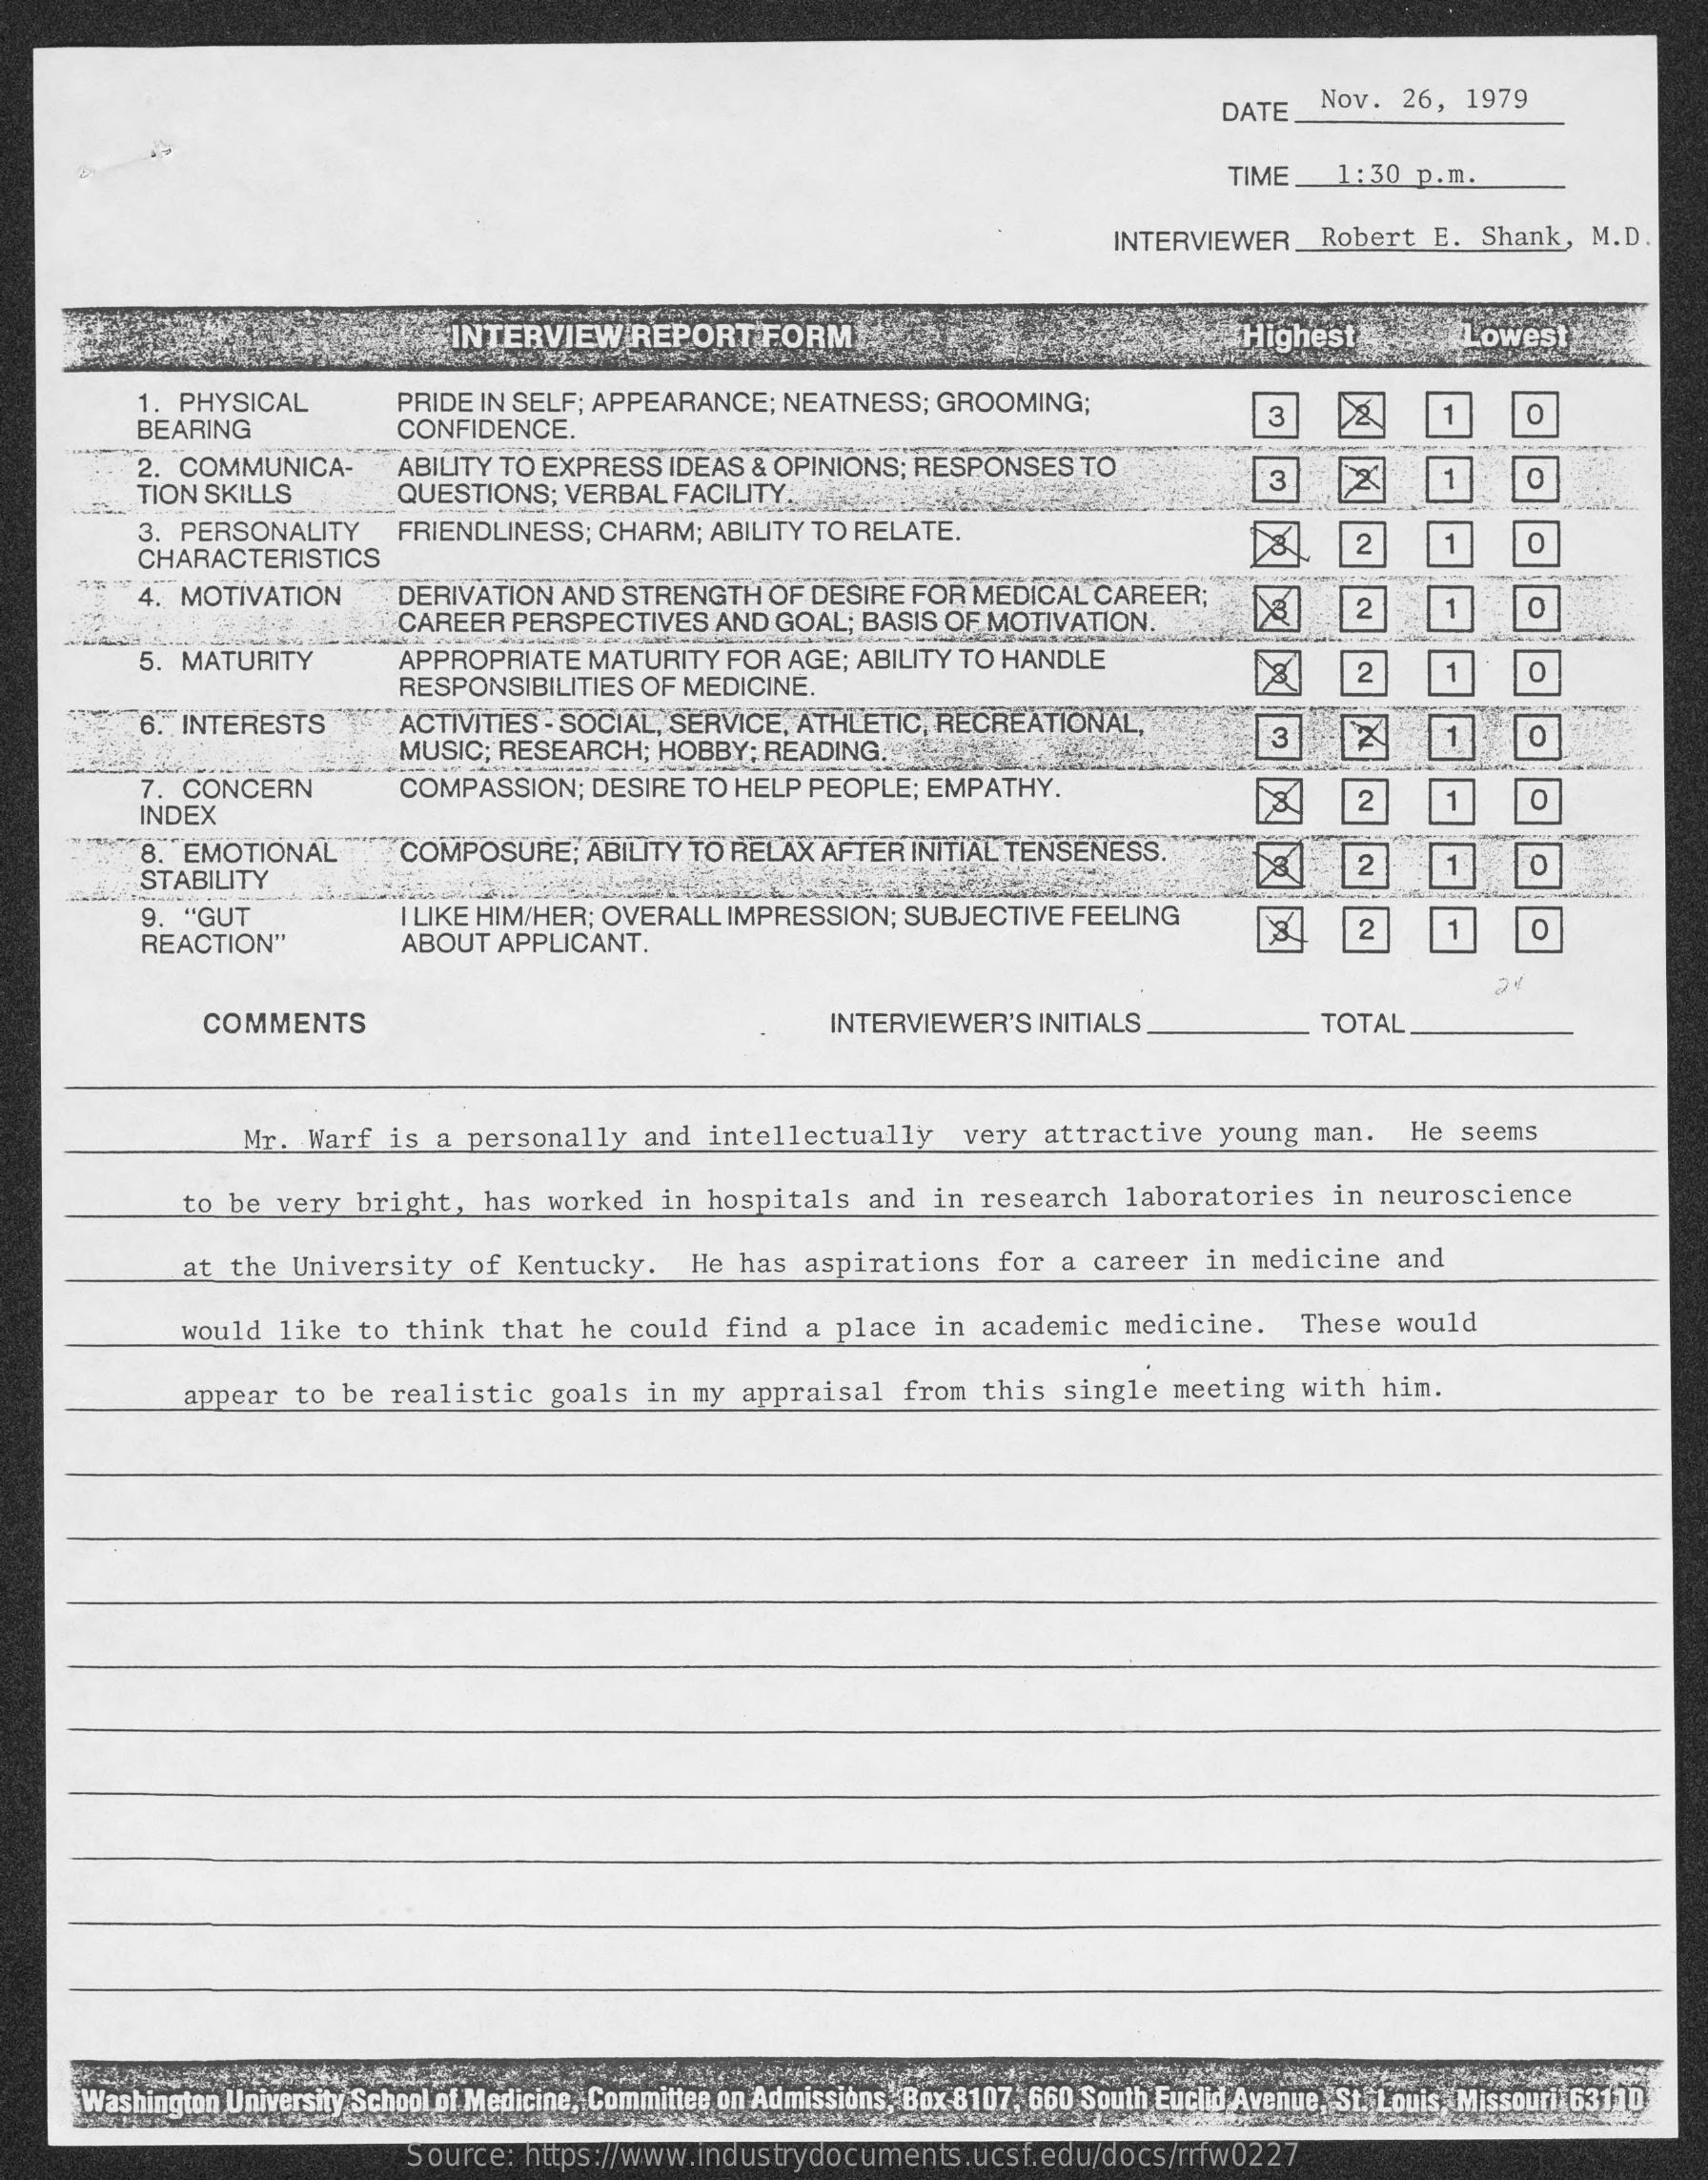
DATE_  Nov.  26, 1979
     TIME   1:30  p.m.
     INTERVIEWER_Robert    E. Shank,  M.D.
     1. PHYSICAL
     BEARING
     PRIDE IN SELF; APPEARANCE; NEATNESS;  GROOMING;
     CONFIDENCE.
     3    O
     2. COMMUNICA-    ABILITY TO EXPRESS IDEAS & OPINIONS; RESPONSES  TO
     TION SKILLS    QUESTIONS;  VERBAL FACILITY ...
     3    2    O
     3. PERSONALITY    FRIENDLINESS; CHARM;  ABILITY TO RELATE.
     CHARACTERISTICS
     2
     4. MOTIVATION    DERIVATION AND  STRENGTH  OF DESIRE FOR MEDICAL  CAREER;
     CAREER  PERSPECTIVES  AND  GOAL; BASIS OF MOTIVATION.
     2    O
     5. MATURITY    APPROPRIATE  MATURITY  FOR  AGE; ABILITY TO HANDLE
     RESPONSIBILITIES OF MEDICINE.
     2
     6. INTERESTS    ACTIVITIES - SOCIAL, SERVICE, ATHLETIC, RECREATIONAL,
     MUSIC; RESEARCH;  HOBBY;  READING.
     7. CONCERN    COMPASSION;   DESIRE TO HELP PEOPLE; EMPATHY.
     INDEX
     2    0
     8. EMOTIONAL    COMPOSURE,   ABILITY TO RELAX AFTER INITIAL TENSENESS.
     STABILITY
     2    0
     9. "GUT    I LIKE HIM/HER; OVERALL IMPRESSION; SUBJECTIVE FEELING
     REACTION"    ABOUT APPLICANT.
     2    0
     COMMENTS    INTERVIEWER'S  INITIALS    TOTAL
     Mr.  Warf is  a personally  and  intellectually    very attractive   young man.   He  seems
     to be very  bright,  has  worked  in hospitals  and  in research  laboratories   in neuroscience
     at the University   of Kentucky.    He has  aspirations  for  a career  in medicine  and
     would  like to  think that  he could  find  a place  in academic  medicine.   These  would
     appear  to be realistic   goals  in my appraisal   from this  single meeting   with him.
     Washington University School of Medicine, Committee on Admissions, Box 8107, 660 South Euclid Avenue, St. Louis, Missouri 63110
     Source: https://www.industrydocuments.ucsf.edu/docs/rrfw0227